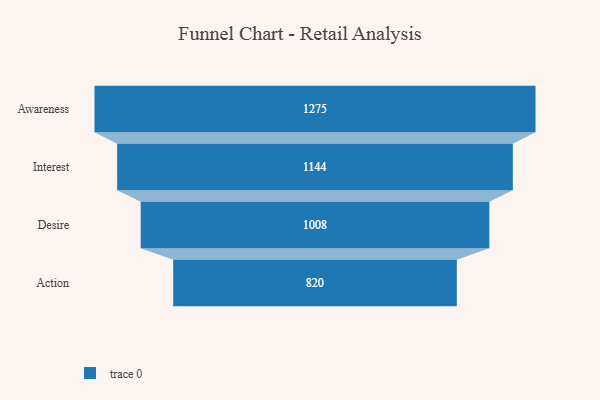
{"axis": {"x": "Stage", "y": "Value"}, "legend": [""], "data": [{"x": "Awareness", "y": 1275.0, "type": ""}, {"x": "Interest", "y": 1144.0, "type": ""}, {"x": "Desire", "y": 1008.0, "type": ""}, {"x": "Action", "y": 820.0, "type": ""}]}